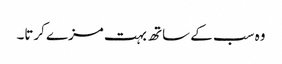
وہ سب کے ساتھ بہت مزے کرتا۔